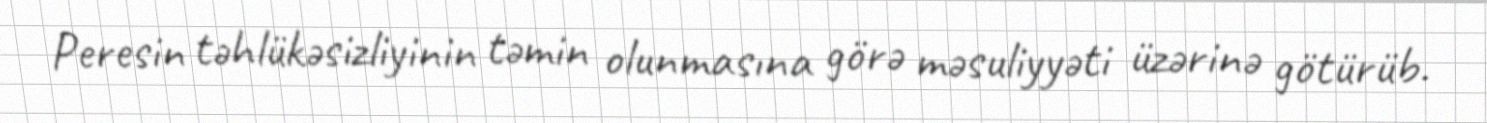
Peresin təhlükəsizliyinin təmin olunmasına görə məsuliyyəti üzərinə götürüb.